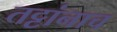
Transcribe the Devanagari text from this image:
तट्टांनाच